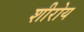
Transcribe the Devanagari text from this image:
शीरोय